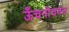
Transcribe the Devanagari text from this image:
ऊँचनीचपन